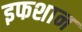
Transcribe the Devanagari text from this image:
इफशान